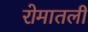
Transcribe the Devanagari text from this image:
रोमातली